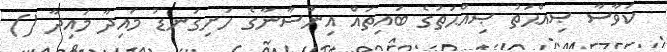
ކަވާސާ ޞިއްޙަތު ޞިއްޙަތުގެ ބައިތައް އިންސާނާގެ ހަށިގަނޑު މައިދާ މައިދާ ()